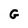
Character: G